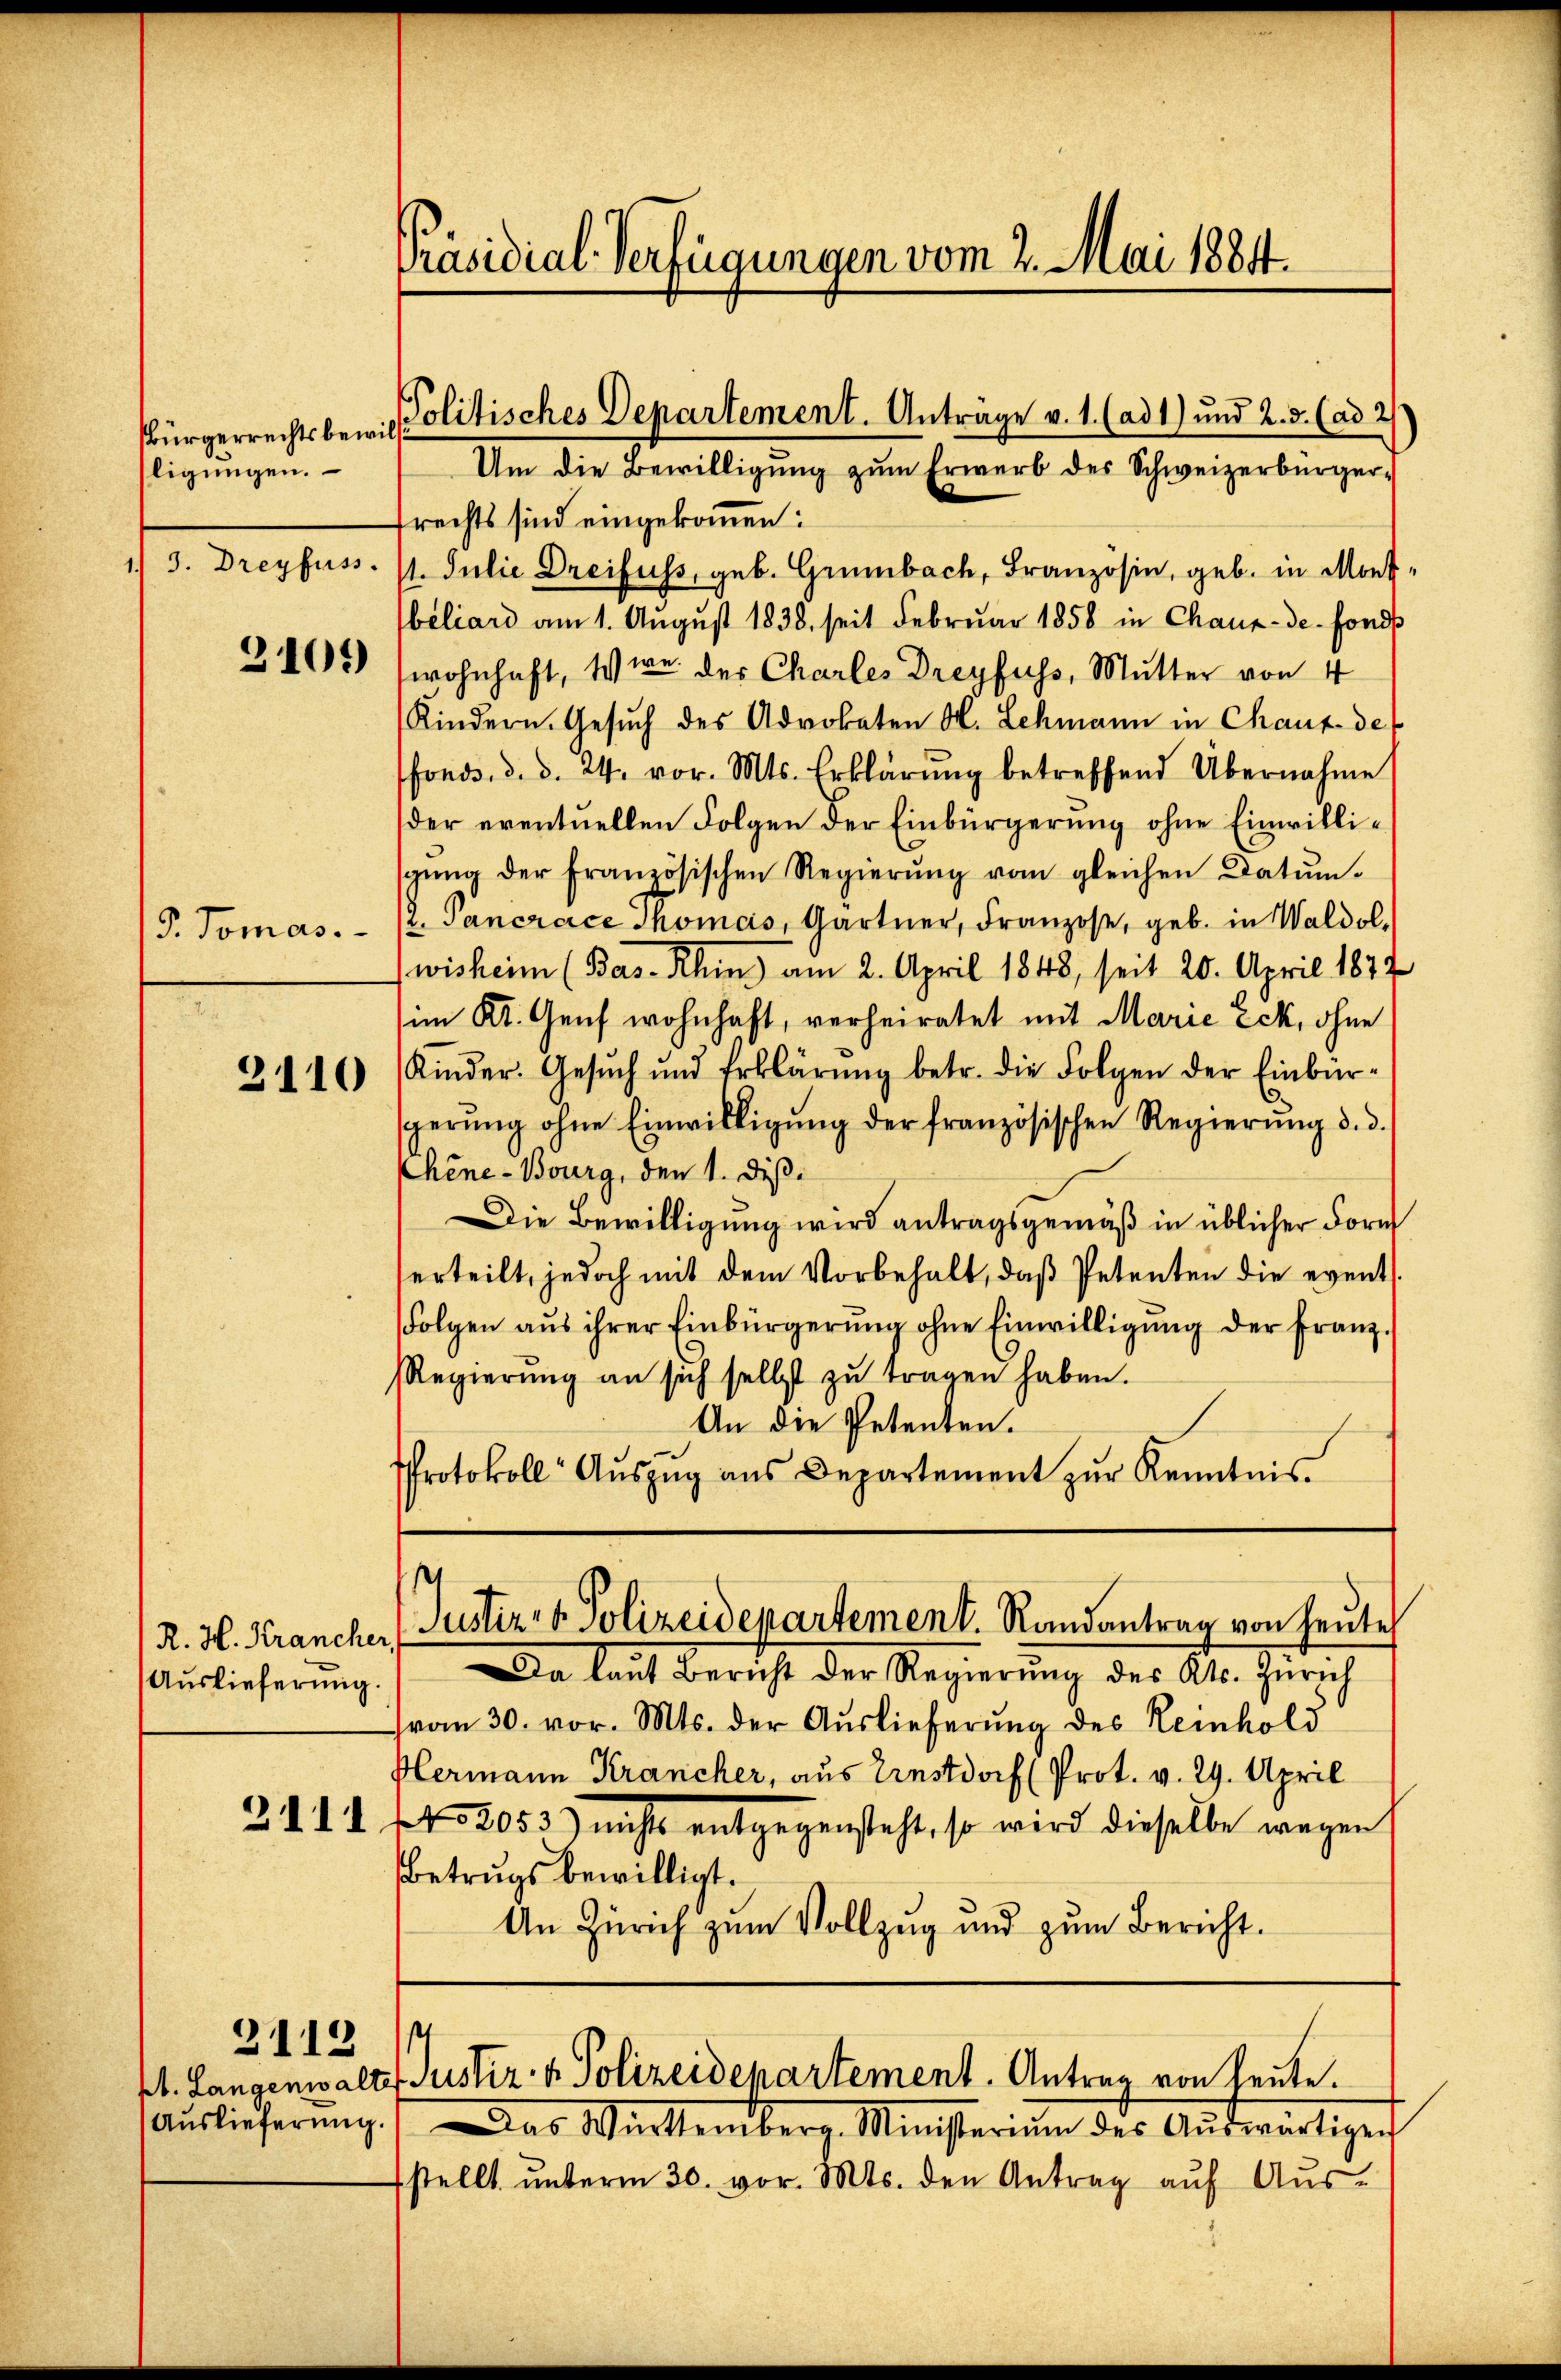
sbürgerrechtsbewill
ligŭngen.

R. H. Krancher,
Auslieferŭng.

3112

Präsidial-Verfügungen vom 2. Mai 1884.

frechts sind eingekommen:
1) 3. Dreyfuss. 11. Julie Dreifuss, geb. Grünbach, Franzosen, geb. in Monsbeliard am 1. August 1838. seit Februar 1858 in Chaux-de-Fonds
3105) (wohnhaft, so wie der Charles Dreyfuss, Mutter von 4
Kindern. Gesŭch des Advokaten St. Lehmann in Chaux-de
fonds, d. d. 24. vor. Mts. Erklärŭng betreffend Übernahme
der eventuellen Folgen der Einbürgerung ohne Einwillisgŭng der französischen Regierŭng vom gleichen Datŭm-
P. Tomas. - 12. Pancrace Thomas, Gärtner, Franzose, geb. in Waldolwisheim (Bas-Rhin) am 2. April 1848, seit 20. April 1872
im Kt. Genf wohnhaft, verheiratet mit Marie Eck, ohne
2416 Kinder. Gesŭch ŭnd Erklärŭng betr. die Folgen der Einbür-
sperŭng ohne Einwilligŭng der französischen Regierŭng d. d.
Chene - Bourg, den 1. diß.
Die Bewilligung wird antragsgemäß in üblicher Form
erteilt, jedoch mit dem Vorbehalt, daβ Petenten die event.
Folgen aŭs ihrer Einbürgerŭng ohne Einwilligŭng der Franz-
Regierŭng an sich selbst zŭ tragen haben.
An die Petenten.
Protokoll Aŭszŭg aŭs Departement zŭr Kenntnis.

Politisches Departement. Anträge v. 1. (ad 1) und 2. 5. (ad 2
Um die Bewilligung zum Erwerb des Schweizerbürger¬

Justiz- & Polizeidepartement. Randantrag von heute

Da laut Bericht der Regierung des Kt. Zürich
von 30. vor. Mts. der Auslieferung des Reinhold
Plermann Krancher, aus Ernstdoch (Prot. v. 29. April
Z III f. 2053) nichts entgegensteht, so wird dieselbe wegen
Betrugs bewilligt.
An Zürich zum Vollzug und zŭm Bericht.

st
kl. Langenwalter Justiz- & Polizeidepartement. Antrag von heute.

Auslieferŭng. Das Württemberg. Ministerium des Aŭswärtigen
fstellt ŭnterm 30. vor. Mts. den Antrag aŭf Aŭs-